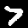
Digit: 7